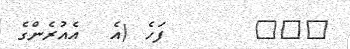
١٧٠      ފަހެ (އެ  އެއުރެންގެ